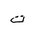
Letter: _ta